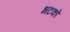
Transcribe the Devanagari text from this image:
भटको